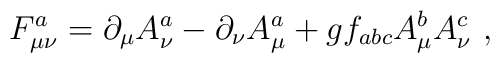
F^a_{\mu \nu }=\partial _\mu A^a_\nu -\partial _\nu A^a_\mu  + g f _{abc} A^b_\mu A^c_\nu  \,\,,